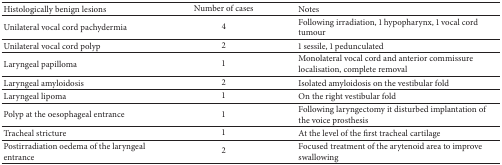
<table><thead><tr><td><b>Histologically benign lesions</b></td><td><b>Number of cases</b></td><td><b>Notes</b></td></tr></thead><tbody><tr><td>Unilateral vocal cord pachydermia</td><td>4</td><td>Following irradiation, 1 hypopharynx, 1 vocal cord tumour</td></tr><tr><td>Unilateral vocal cord polyp</td><td>2</td><td>1 sessile, 1 pedunculated</td></tr><tr><td>Laryngeal papilloma</td><td>1</td><td>Monolateral vocal cord and anterior commissure localisation, complete removal</td></tr><tr><td>Laryngeal amyloidosis</td><td>2</td><td>Isolated amyloidosis on the vestibular fold</td></tr><tr><td>Laryngeal lipoma</td><td>1</td><td>On the right vestibular fold</td></tr><tr><td>Polyp at the oesophageal entrance</td><td>1</td><td>Following laryngectomy it disturbed implantation of the voice prosthesis</td></tr><tr><td>Tracheal stricture</td><td>1</td><td>At the level of the first tracheal cartilage</td></tr><tr><td>Postirradiation oedema of the laryngeal entrance</td><td>2</td><td>Focused treatment of the arytenoid area to improve swallowing</td></tr></tbody></table>